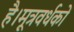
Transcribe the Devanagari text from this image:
है।मूत्रवर्धकों